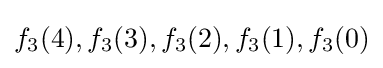
f_{3}(4),f_{3}(3),f_{3}(2),f_{3}(1),f_{3}(0)